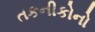
તકનીકોનો